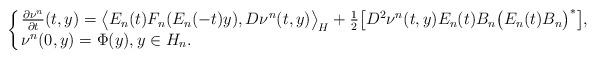
LaTeX: \begin{align*}\!\!\!\!\!\! \left\{\!\! \begin{array}{lll} \frac{\partial \nu^n}{\partial t}(t,y) = \big\langle E_n(t) F_n( E_n(-t)y), D\nu^n(t,y) \big\rangle_H + \tfrac{1}{2} \big[D^2\nu^n(t,y) E_n(t)B_n \big(E_n(t)B_n\big)^{*} \big], \\ \nu^n(0,y) = \Phi(y), y \in H_n. \end{array}\right.\end{align*}